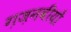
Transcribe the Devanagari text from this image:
ग़ज़नवीयों